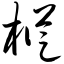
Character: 枞